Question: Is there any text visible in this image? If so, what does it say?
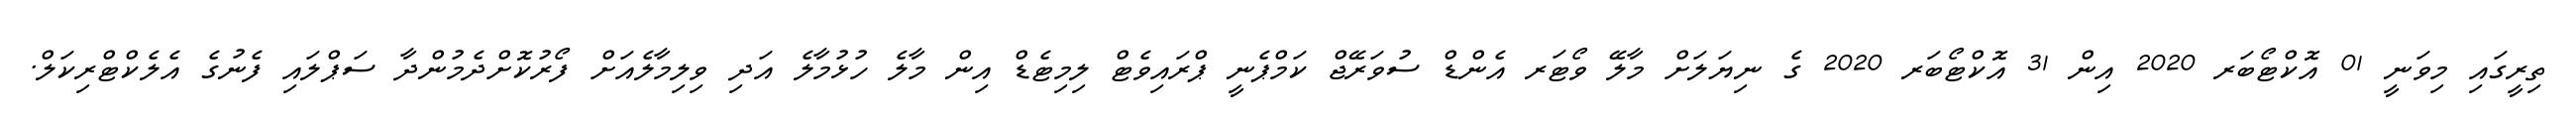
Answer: ތިރީގައި މިވަނީ 01 އޮކްޓޯބަރ 2020 އިން 31 އޮކްޓޯބަރ 2020 ގެ ނިޔަލަށް މާލޭ ވޯޓަރ އެންޑް ސުވަރޭޖް ކަމްޕެނީ ޕްރައިވެޓް ލިމިޓެޑް އިން މާލެ ހުޅުމާލެ އަދި ވިލިމާލެއަށް ފޯރުކޮށްދެމުންދާ ސަޕްލައި ފެނުގެ އެލެކްޓްރިކަލް.